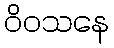
ဝိဝသနေ